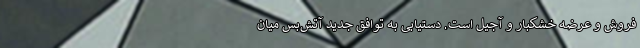
فروش و عرضه خشکبار و آجیل است. دستیابی به توافق جدید آتش‌بس میان